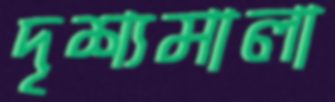
দৃশ্যমালা